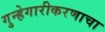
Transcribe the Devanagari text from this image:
गुन्हेगारीकरणाचा